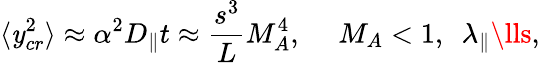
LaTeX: \langle\mathit{y}_{cr}^{2}\rangle\approx\alpha^{2}D_{\| }t\approx\frac{{s^{3}}}{{L}}M_{A}^{4},~~~~~M_{A}<1,~~\lambda_{\| }\lls,